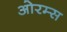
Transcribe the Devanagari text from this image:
ओरम्स